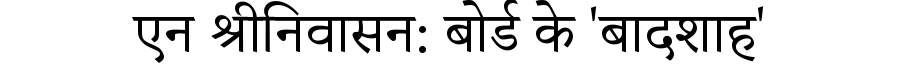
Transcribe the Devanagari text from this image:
एन श्रीनिवासन: बोर्ड के 'बादशाह'